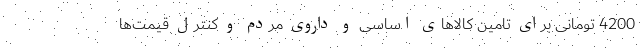
4200 تومانی برای تامین کالاهای اساسی و داروی مردم و کنترل قیمت‌ها